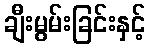
ချီးမွမ်းခြင်းနှင့်